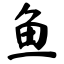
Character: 鱼